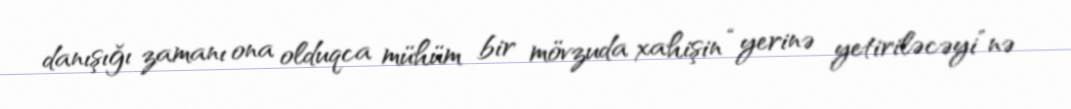
danışığı zamanı ona olduqca mühüm bir mövzuda xahişin “yerinə yetiriləcəyi”nə